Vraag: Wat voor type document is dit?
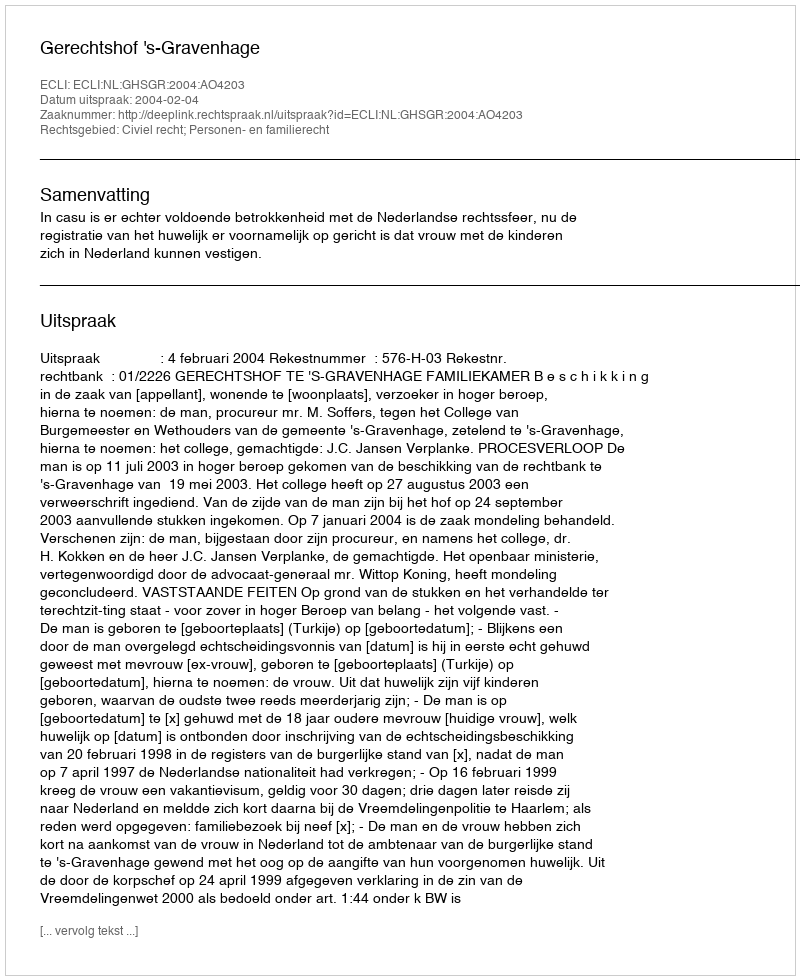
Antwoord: Uitspraak